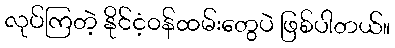
လုပ်ကြတဲ့ နိုင်ငံ့ဝန်ထမ်းတွေပဲ ဖြစ်ပါတယ်။